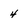
Character: 4